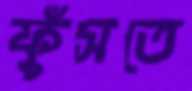
ফুঁসতে